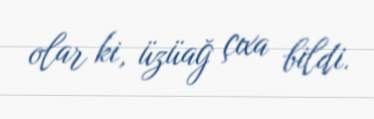
olar ki, üzüağ çıxa bildi.